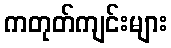
ကတုတ်ကျင်းများ